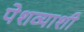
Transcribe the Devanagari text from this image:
पेशव्याशी